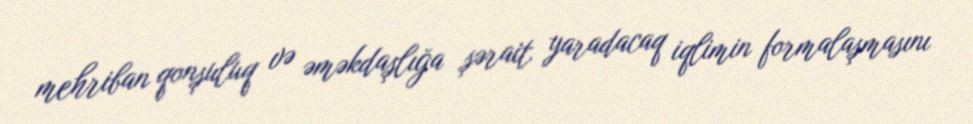
mehriban qonşuluq və əməkdaşlığa şərait yaradacaq iqlimin formalaşmasını